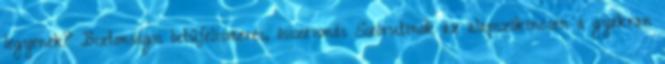
legyenek? Biztonságos betűfelismerés, összevonás Szórutinok az alapszókincsen a gyakran